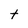
Character: t